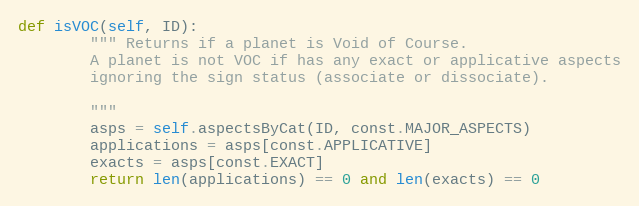
Language: Python
def isVOC(self, ID):
        """ Returns if a planet is Void of Course.
        A planet is not VOC if has any exact or applicative aspects
        ignoring the sign status (associate or dissociate).

        """
        asps = self.aspectsByCat(ID, const.MAJOR_ASPECTS)
        applications = asps[const.APPLICATIVE]
        exacts = asps[const.EXACT]
        return len(applications) == 0 and len(exacts) == 0